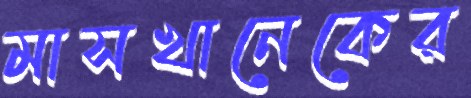
মাসখানেকের